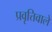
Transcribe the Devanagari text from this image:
प्रवृत्तिवाले